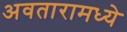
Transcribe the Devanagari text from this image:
अवतारामध्ये